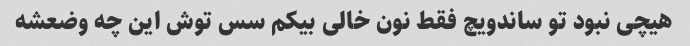
هیچی نبود تو ساندویچ فقط نون خالی بیکم سس توش این چه وضعشه